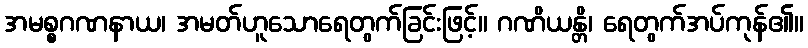
အမစ္စဂဏနာယ၊ အမတ်ဟူသောရေတွက်ခြင်းဖြင့်။ ဂဏိယန္တိ၊ ရေတွက်အပ်ကုန်၏။